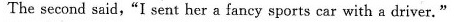
The second said,"I sent her a fancy sports car with a driver."